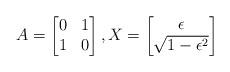
LaTeX: \begin{align*} A = \begin{bmatrix} 0 & 1 \\ 1 & 0 \end{bmatrix}, X = \begin{bmatrix} \epsilon \\ \sqrt{1-\epsilon^2} \end{bmatrix}\end{align*}